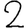
Digit: 2